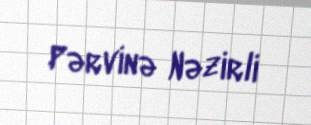
Pərvinə Nəzirli